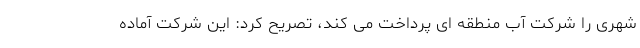
شهری را شرکت آب منطقه ای پرداخت می کند، تصریح کرد: این شرکت آماده